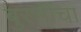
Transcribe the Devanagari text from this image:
बुरशींचा